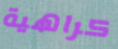
كراهية